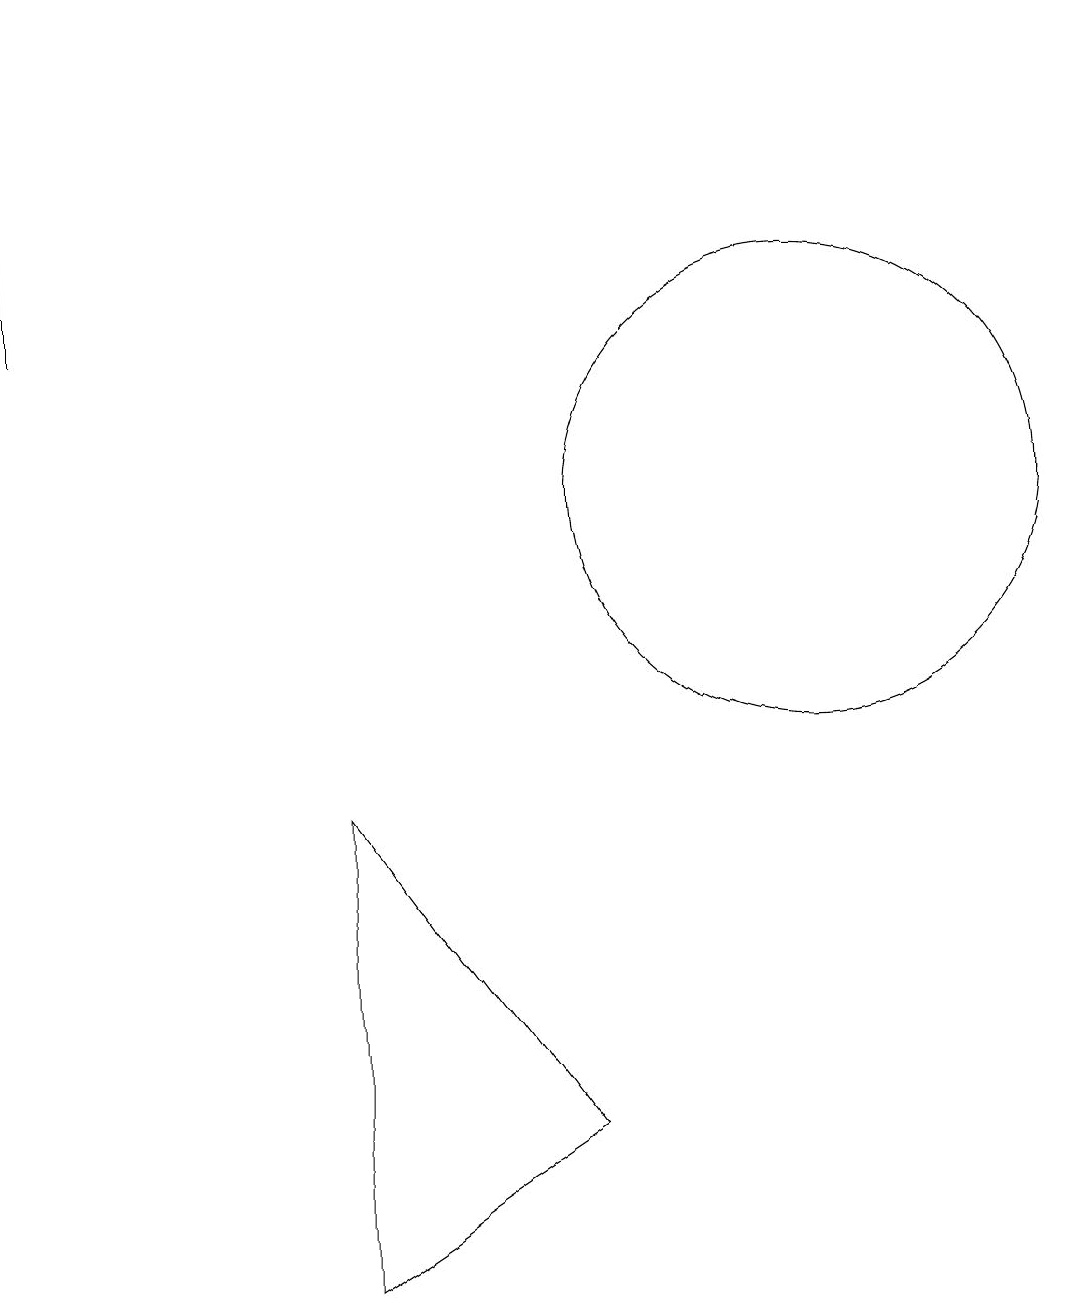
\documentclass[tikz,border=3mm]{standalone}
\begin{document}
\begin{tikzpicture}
\draw (4,8) -- (7,4) -- (4,2) -- cycle;
\draw (10,12) circle (3);
\draw[->] (0,14) -- (0,18);
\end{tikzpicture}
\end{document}